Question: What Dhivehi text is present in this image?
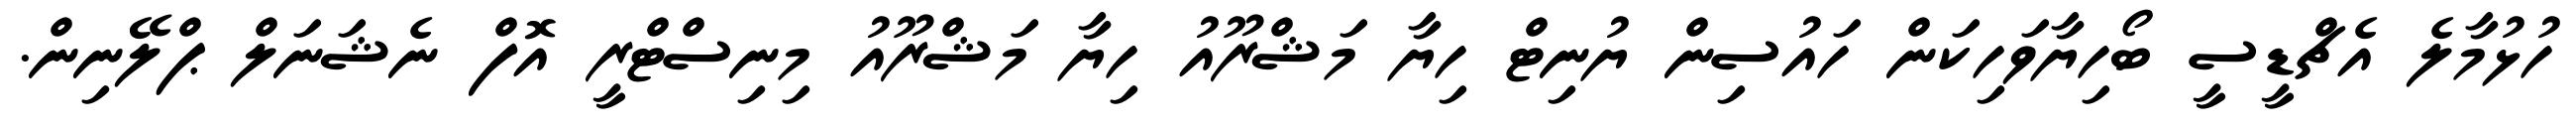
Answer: ހުޅުމާލެ އެޗްޑީސީ ބޯހިޔާވަހިކަން ހައުސިން ޔުނިޓް ހިޔާ މަޝްރޫއު ހިޔާ މަޝްރޫއު މިނިސްޓްރީ އޮފް ނެޝަނަލް ޕްލޭނިން.